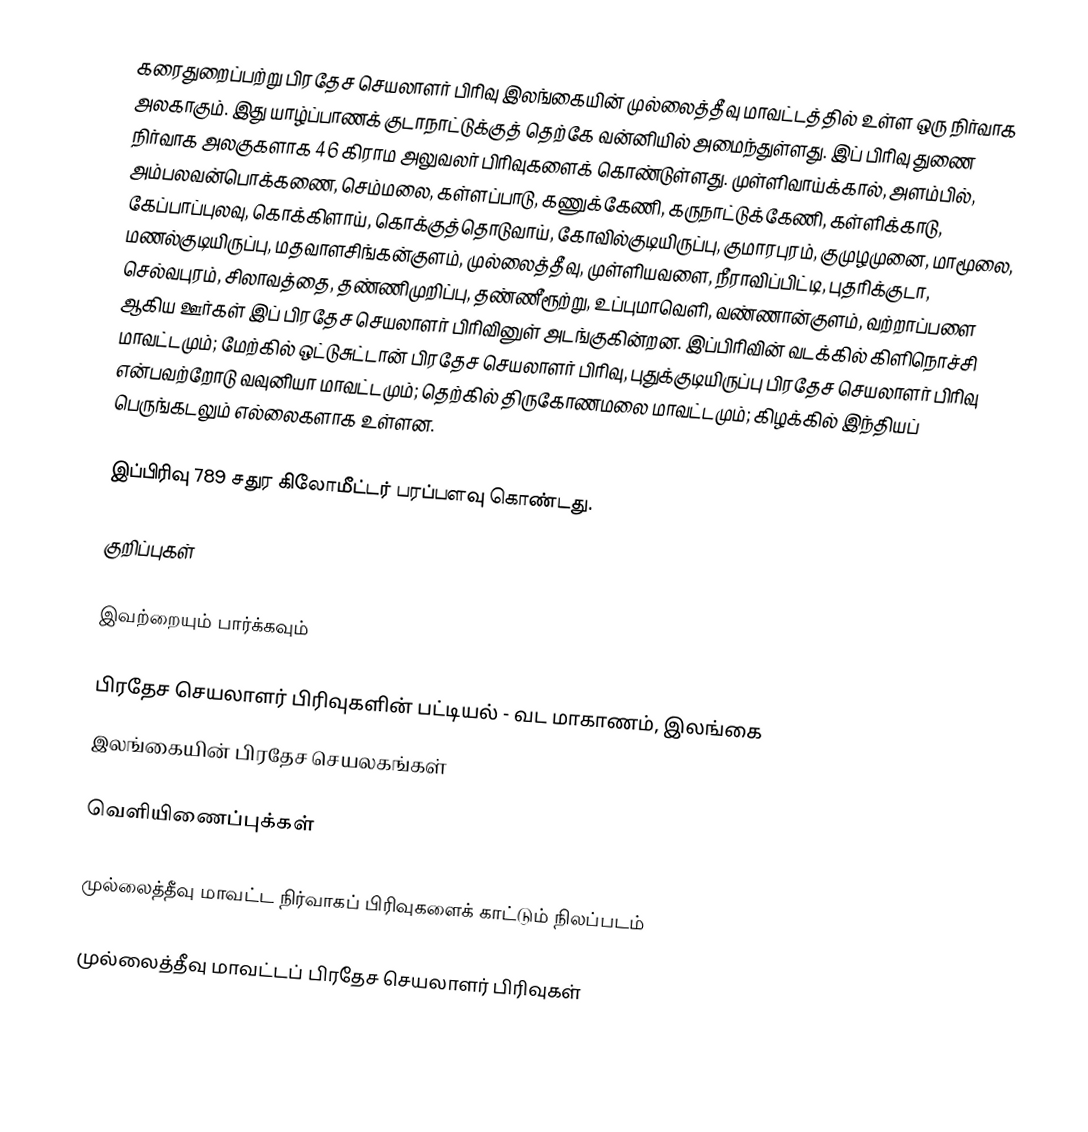
கரைதுறைப்பற்று பிரதேச செயலாளர் பிரிவு இலங்கையின் முல்லைத்தீவு மாவட்டத்தில் உள்ள ஒரு நிர்வாக அலகாகும். இது யாழ்ப்பாணக் குடாநாட்டுக்குத் தெற்கே வன்னியில் அமைந்துள்ளது. இப் பிரிவு துணை நிர்வாக அலகுகளாக 46 கிராம அலுவலர் பிரிவுகளைக் கொண்டுள்ளது. முள்ளிவாய்க்கால், அளம்பில், அம்பலவன்பொக்கணை, செம்மலை, கள்ளப்பாடு, கணுக்கேணி, கருநாட்டுக்கேணி, கள்ளிக்காடு, கேப்பாப்புலவு, கொக்கிளாய், கொக்குத்தொடுவாய், கோவில்குடியிருப்பு, குமாரபுரம், குமுழமுனை, மாமூலை, மணல்குடியிருப்பு, மதவாளசிங்கன்குளம், முல்லைத்தீவு, முள்ளியவளை, நீராவிப்பிட்டி, புதரிக்குடா, செல்வபுரம், சிலாவத்தை, தண்ணிமுறிப்பு, தண்ணீரூற்று, உப்புமாவெளி, வண்ணான்குளம், வற்றாப்பளை ஆகிய ஊர்கள் இப் பிரதேச செயலாளர் பிரிவினுள் அடங்குகின்றன. இப்பிரிவின் வடக்கில் கிளிநொச்சி மாவட்டமும்; மேற்கில் ஒட்டுசுட்டான் பிரதேச செயலாளர் பிரிவு, புதுக்குடியிருப்பு பிரதேச செயலாளர் பிரிவு என்பவற்றோடு வவுனியா மாவட்டமும்; தெற்கில் திருகோணமலை மாவட்டமும்; கிழக்கில் இந்தியப் பெருங்கடலும் எல்லைகளாக உள்ளன.

இப்பிரிவு 789 சதுர கிலோமீட்டர் பரப்பளவு கொண்டது.

குறிப்புகள்

இவற்றையும் பார்க்கவும்

 பிரதேச செயலாளர் பிரிவுகளின் பட்டியல் - வட மாகாணம், இலங்கை
 இலங்கையின் பிரதேச செயலகங்கள்

வெளியிணைப்புக்கள்

 முல்லைத்தீவு மாவட்ட நிர்வாகப் பிரிவுகளைக் காட்டும் நிலப்படம்

முல்லைத்தீவு மாவட்டப் பிரதேச செயலாளர் பிரிவுகள்